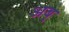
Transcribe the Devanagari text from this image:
अब्